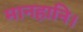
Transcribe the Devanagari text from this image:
मानहानि।